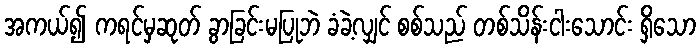
အကယ်၍ ကရင်မှဆုတ် ခွာခြင်းမပြုဘဲ ခံခဲ့လျှင် စစ်သည် တစ်သိန်းငါးသောင်း ရှိသော